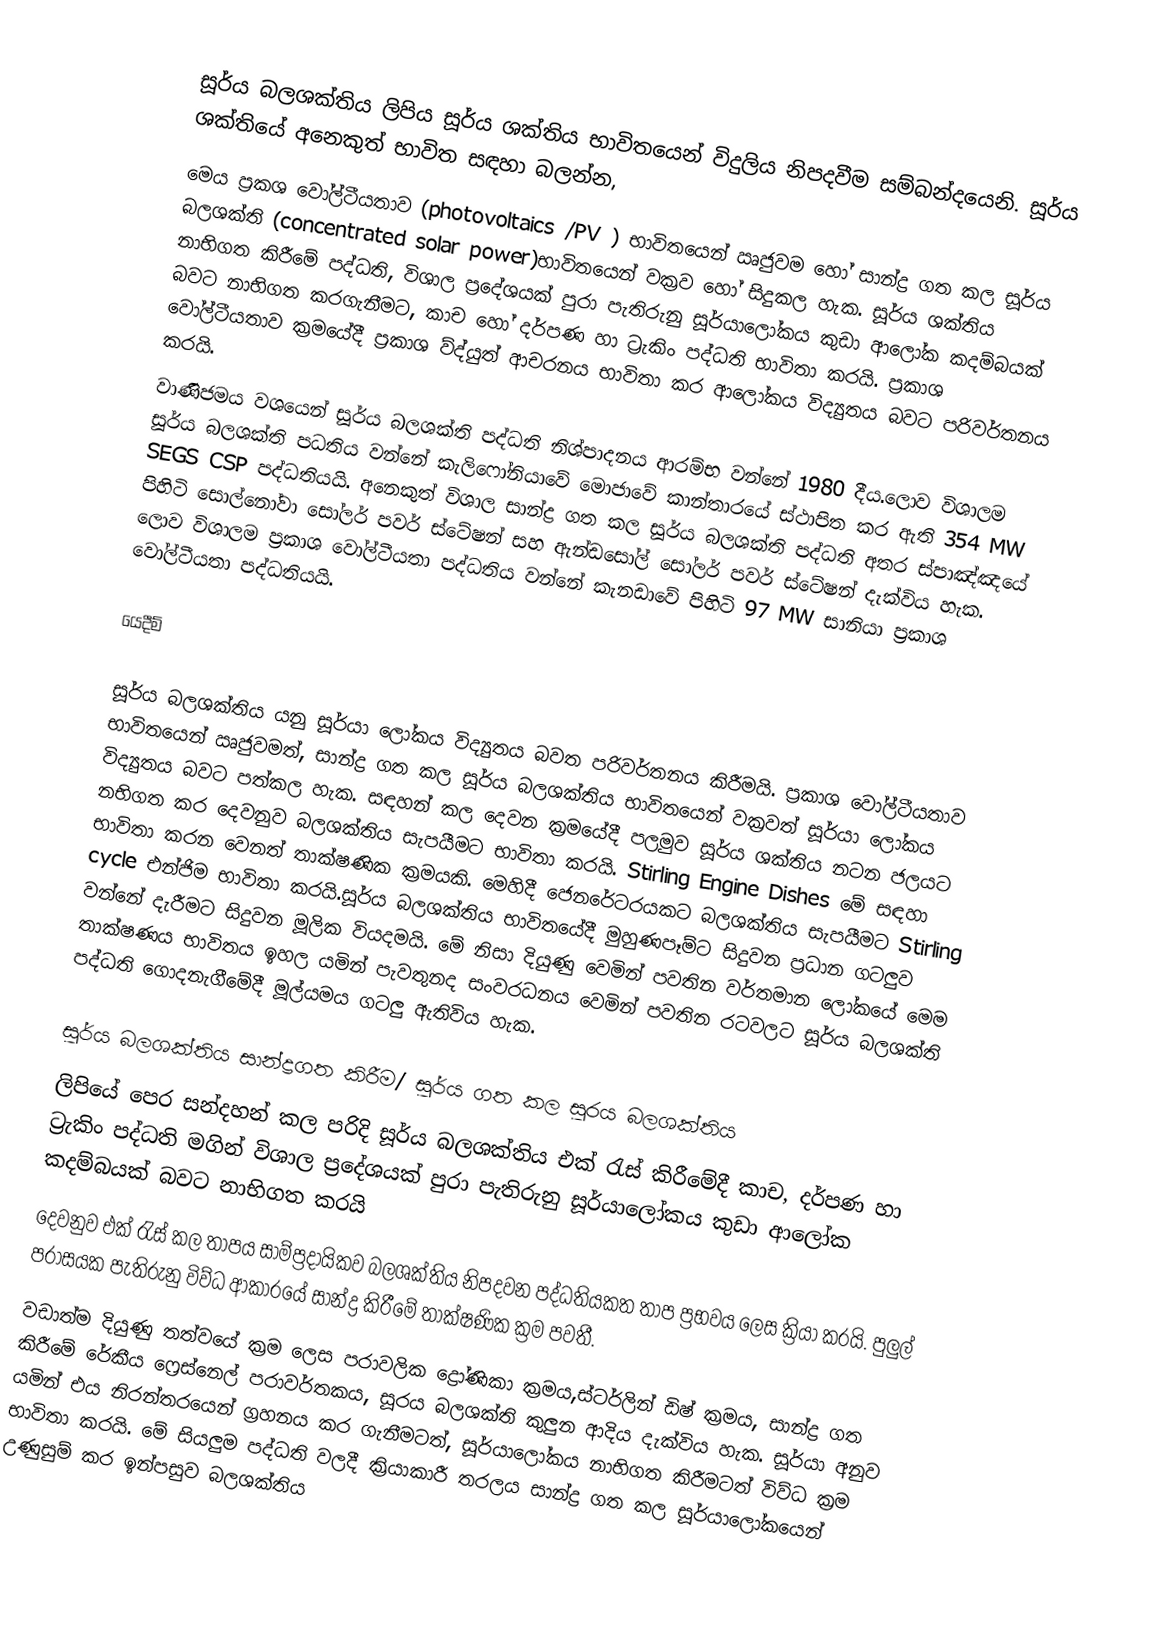
සූර්ය බලශක්තිය ලිපිය සූර්ය ශක්තිය භාවිතයෙන් විදුලිය නිපදවීම සම්බන්දයෙනි. සූර්ය ශක්තියේ අනෙකුත් භාවිත සඳහා බලන්න,
මෙය ප්‍රකශ වෝල්ටීයතාව (photovoltaics /PV ) භාවිතයෙන් ඍජුවම හෝ සාන්ද්‍ර ගත කල සූර්ය බලශක්ති (concentrated solar power)භාවිතයෙන් වක්‍රව  හෝ සිදුකල හැක. සූර්ය ශක්තිය නාභිගත කිරීමේ පද්ධති, විශාල ප්‍රදේශයක් පුරා පැතිරුනු සූර්යාලෝකය කුඩා ආලෝක කදම්බයක් බවට නාභිගත කරගැනීමට, කාච හෝ දර්පණ හා ට්‍රැකිං පද්ධති භාවිතා කරයි. ප්‍රකාශ වෝල්ටීයතාව ක්‍රමයේදී ප්‍රකාශ ව්ද්යුත් ආචරනය භාවිතා කර ආලෝකය විද්‍යුතය බවට පරිවර්තනය කරයි.
වාණිජමය වශයෙන් සූර්ය බලශක්ති පද්ධති නිශ්පාදනය ආරම්භ වන්නේ 1980 දීය.ලොව විශාලම සූර්ය බලශක්ති පධතිය වන්නේ කැලිෆෝනියාවේ මොජාවේ කාන්තාරයේ ස්ථාපිත කර ඇති 354 MW SEGS CSP පද්ධතියයි. අනෙකුත් විශාල සාන්ද්‍ර ගත කල සූර්ය බලශක්ති පද්ධති අතර ස්පාඤ්ඤයේ පිහිටි සොල්නෝවා සෝලර් පවර්  ස්ටේෂන් සහ ඇන්ඩසෝල් සෝලර් පවර් ස්ටේෂන් දැක්විය හැක. ලොව විශාලම ප්‍රකාශ වෝල්ටීයතා පද්ධතිය වන්නේ කැනඩාවේ පිහිටි 97 MW සානියා ප්‍රකාශ වෝල්ටීයතා පද්ධතියයි.

යෙදීම්

සූර්ය බලශක්තිය යනු සූර්යා ලෝකය විද්‍යුතය බවත පරිවර්තනය කිරීමයි. ප්‍රකාශ වෝල්ටීයතාව භාවිතයෙන් ඍජුවමත්, සාන්ද්‍ර ගත කල සූර්ය බලශක්තිය භාවිතයෙන් වක්‍රවත් සූර්යා ලෝකය  විද්‍යුතය බවට පත්කල හැක. සඳහන් කල දෙවන ක්‍රමයේදී පලමුව සූර්ය ශක්තිය නටන ජලයට නභිගත කර දෙවනුව බලශක්තිය සැපයීමට භාවිතා කරයි. Stirling Engine Dishes මේ සඳහා භාවිතා කරන වෙනත් තාක්ෂණික ක්‍රමයකි. මෙහිදී ජෙනරේටරයකට බලශක්තිය සැපයීමට Stirling cycle එන්ජිම භාවිතා කරයි.සූර්ය බලශක්තිය භාවිතයේදී මුහුණපෑම්ට සිදුවන ප්‍රධාන ගටලුව වන්නේ දැරීමට සිදුවන මූලික වියදමයි. මේ නිසා  දියුණු වෙමින් පවතින වර්තමාන ලෝකයේ  මෙම තාක්ෂණය භාවිතය ඉහල යමින් පැවතුනද සංවරධනය වෙමින් පවතින රටවලට සූර්ය බලශක්ති පද්ධති ගොදනැගීමේදී මූල්යමය ගටලු ඇතිවිය හැක.

සූර්ය බලශක්තිය සාන්ද්‍රගත කිරීම/ සූර්ය ගත කල සූරය බලශක්තිය
ලිපියේ පෙර සන්දහන් කල පරිදි සූර්ය බලශක්තිය එක් රැස් කිරීමේදී කාච, දර්පණ හා ට්‍රැකිං පද්ධති මගින් විශාල ප්‍රදේශයක් පුරා පැතිරුනු සූර්යාලෝකය කුඩා ආලෝක කදම්බයක් බවට නාභිගත කරයි
දෙවනුව එක් රැස් කල තාපය සාම්ප්‍රදායිකව බලශක්තිය නිපදවන පද්ධතියකත තාප ප්‍රභවය ලෙස ක්‍රියා කරයි. පුලුල් පරාසයක පැතිරුනු විව්ධ ආකාරයේ සාන්ද්‍ර කිරීමේ තාක්ෂණික ක්‍රම පවතී.
වඩාත්ම දියුණු තත්වයේ ක්‍රම ලෙස පරාවලික ද්‍රෝණිකා ක්‍රමය,ස්ටර්ලින් ඩිෂ් ක්‍රමය, සාන්ද්‍ර ගත කිරීමේ රේකීය ෆ්‍රෙස්නෙල් පරාවර්තකය, සූරය බලශක්ති කුලුන ආදිය දැක්විය හැක. සූර්යා අනුව යමින් එය නිරන්තරයෙන් ග්‍රහනය කර ගැනීමටත්, සූර්යාලෝකය නාභිගත කිරීමටත් විව්ධ ක්‍රම භාවිතා කරයි. මේ සියලුම පද්ධති වලදී ක්‍රියාකාරී තරලය සාන්ද්‍ර ගත කල සූර්යාලෝකයෙන් උණුසුම් කර ඉන්පසුව බලශක්තිය